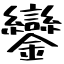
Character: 鑾